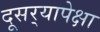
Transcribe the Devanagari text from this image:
दूसर्‍यापेक्षा